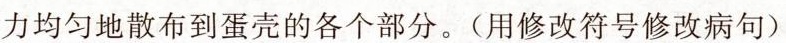
力均匀地散布到蛋壳的各个部分。(用修改符号修改病句)